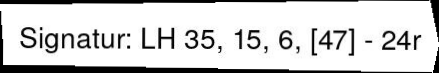
Signatur: LH 35, 15, 6, [47] - 24r